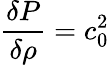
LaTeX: \frac{\delta P}{\delta\rho}=c_{0}^{2}